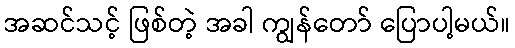
အဆင်သင့် ဖြစ်တဲ့ အခါ ကျွန်တော် ပြောပါ့မယ်။